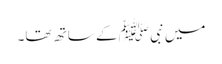
میں نبی ﷺ کے ساتھ تھا۔